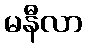
မနီလာ